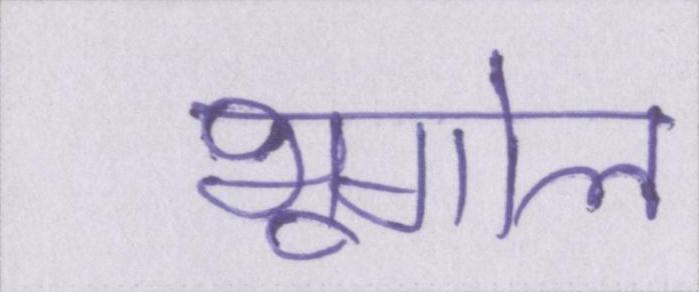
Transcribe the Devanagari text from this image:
भूगोल